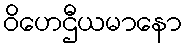
ဝိဟေဌီယမာနော